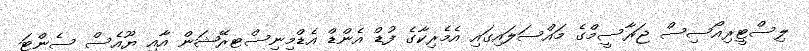
ލިސްޓީރިއޯސިސް ޖަރާސީމްގެ މައްސަލައިގައި އެމެރިކާގެ ފުޑް އެންޑް އެޑްމިނިސްޓރޭޝަން އާއި ޔޫއެސް ސެންޓަ